Lunatic asylums United Prov. 1922-30 - 1922-1930
Year: 1922
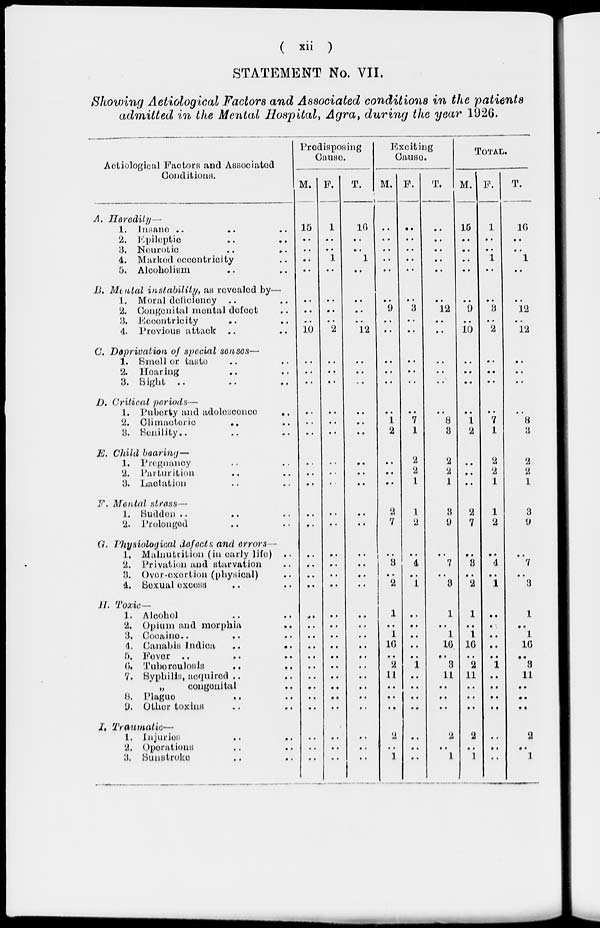
( xii )
STATEMENT No. VII.
Showing Aetiological Factors and Associated conditions in the patients
admitted in the Mental Hospital, Agra, during the year 1926.
Aetiological Factors and Associated
Conditions.
A. Heredity—
1.
Insane
.. .. ..
2. Epileptic .. ..
3. Neurotic .. ..
4. Marked eccentricity ..
5. Alcoholism .. ..
B. Mental instability, as revealed by—
1. Moral deficiency .. ..
2. Congenital mental defect .. ..
3. Eccentricity .. ..
4. Previous attack .. ..
C. Deprivation of special senses—
1. Small or taste .. ..
2. Hearing .. ..
3. Sight .. .. ..
D. Critical periods—
1. Puberty and
adolescence
..
2. Climneteric
..
..
3. Senility .. .. ..
E. Child bearing—
1. Pregnancy .. ..
2. Parturition .. ..
3. Lactation .. ..
F. Mental stress—
1. Sudden .. .. ..
2. Prolonged .. ..
G. Physiological defects and errors—
1. Malnutrition (in early life)
..
2. Privation and starvation ..
3. Over-exertion (physical) ..
4. Sexual excess .. ..
H. Toxic—
1. Alcohol .. ..
2. Opium and morphia ..
3 Cocaine .. .. ..
4. Canabis Indian .. ..
5. Fever .. .. ..
6. Tuberculosis .. ..
7. Syphills, acquired .. ..
„
congenital ..
8.
Plague .. ..
9. Other toxins .. ..
I. Traumatic—
1.
Injuries
..
..
2. Operations .. ..
3. Sunstroke .. ..
Predisposing
Cause.
M.
15
..
..
..
..
..
..
..
10
..
..
..
..
..
..
..
..
..
..
..
..
..
..
..
..
..
..
..
..
..
..
..
..
..
..
..
..
F.
1
..
..
1
..
..
..
..
2
..
..
..
..
..
..
..
..
..
..
..
..
..
..
..
..
..
..
..
..
..
..
..
..
..
..
..
..
T.
16
..
..
1
..
..
..
..
12
..
..
..
..
..
..
..
..
..
..
..
..
..
..
..
..
..
..
..
..
..
..
..
..
..
..
..
..
Exciting
Cause.
M.
..
..
..
..
..
..
9
..
..
..
..
..
..
1
2
..
..
..
2
7
..
3
..
2
1
..
1
16
..
2
11
..
..
..
2
..
1
F.
..
..
..
..
..
..
3
..
..
..
..
..
..
7
1
2
2
1
1
2
..
4
..
1
..
..
..
..
..
1
..
..
..
..
..
..
..
T.
..
..
..
..
..
..
12
..
..
..
..
..
..
8
3
2
2
1
3
9
..
7
..
3
1
..
1
16
..
3
11
..
..
..
2
..
1
TOTAL.
M.
15
..
..
..
..
..
9
..
10
..
..
..
..
1
2
..
..
..
2
7
..
3
..
2
1
..
1
16
..
2
11
..
..
..
2
..
1
F.
1
..
..
1
..
..
3
..
2
..
..
..
..
7
1
2
2
1
1
2
..
4
..
1
..
..
..
..
..
1
..
..
..
..
..
..
..
T.
16
..
..
1
..
..
12
..
12
..
..
..
..
8
3
2
2
1
3
9
..
7
..
3
1
..
1
16
..
3
11
..
..
..
2
..
1